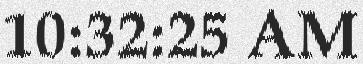
10:32:25 AM